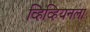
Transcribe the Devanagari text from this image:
व्हिव्हियनला